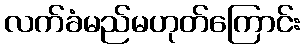
လက်ခံမည်မဟုတ်ကြောင်း